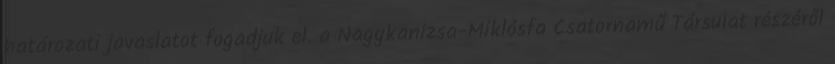
határozati javaslatot fogadjuk el. a Nagykanizsa-Miklósfa Csatornamű Társulat részéről